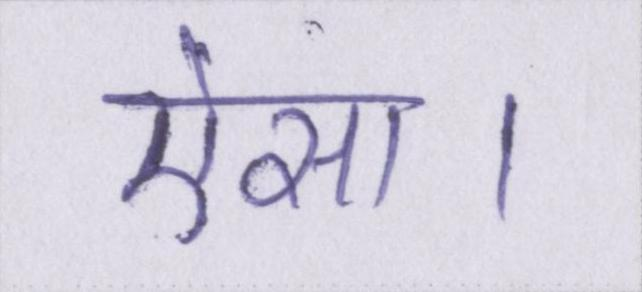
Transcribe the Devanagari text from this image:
ऐसा।